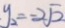
y _ { 2 } = - 2 \sqrt { 2 }